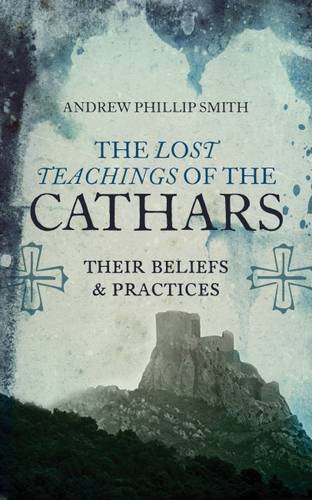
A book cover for Lost Teachings of the Cathars: Their Beliefs and Practices; Andrew Phillip Smith; Christian Books & Bibles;